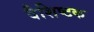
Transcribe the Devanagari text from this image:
वैशिष्टक